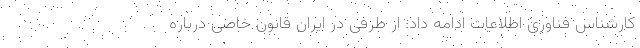
کارشناس فناوری اطلاعات ادامه داد: از طرفی در ایران قانون خاصی درباره